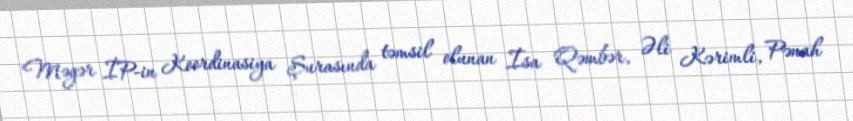
Məgər İP-in Koordinasiya Şurasında təmsil olunan İsa Qəmbər, Əli Kərimli, Pənah